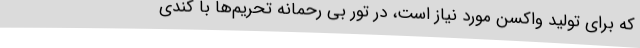
که برای تولید واکسن مورد نیاز است، در تور بی رحمانه تحریم‌ها با کندی